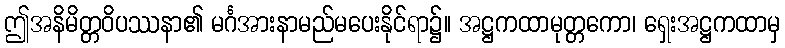
ဤအနိမိတ္တဝိပဿနာ၏ မင်္ဂအားနာမည်မပေးနိုင်ရာ၌။ အဋ္ဌကထာမုတ္တကော၊ ရှေးအဋ္ဌကထာမှ